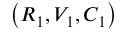
\left( R _ { 1 } , V _ { 1 } , C _ { 1 } \right)